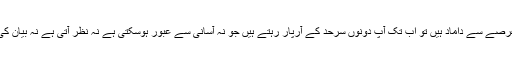
اگر آپ بہت عرصے سے داماد ہیں تو اب تک آپ دونوں سرحد کے آرپار رہتے ہیں جو نہ آسانی سے عبور ہوسکتی ہے نہ نظر آتی ہے نہ بیان کی جاسکتی ہے۔